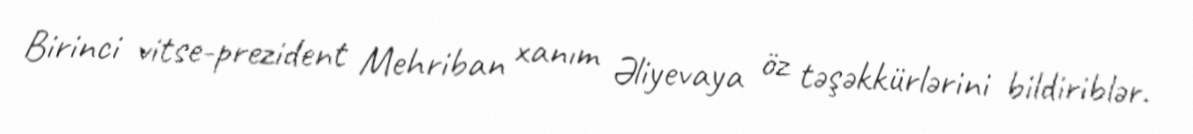
Birinci vitse-prezident Mehriban xanım Əliyevaya öz təşəkkürlərini bildiriblər.